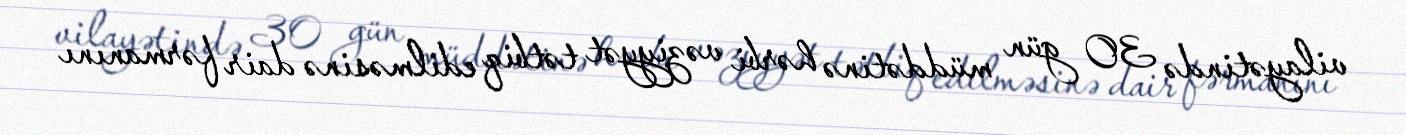
vilayətində 30 gün müddətinə hərbi vəziyyət tətbiq edilməsinə dair fərmanını